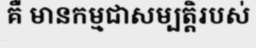
គឺ មានកម្មជាសម្បត្តិរបស់